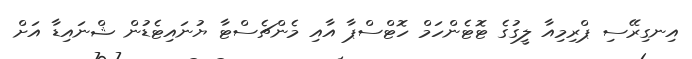
އިނގިރޭސި ޕްރިމިއާ ލީގުގެ ޓޮޓެންހަމް ހޮޓްސްޕާ އާއި މެންޗެސްޓާ ޔުނައިޓެޑުން ޝްނައިޑާ އަށް